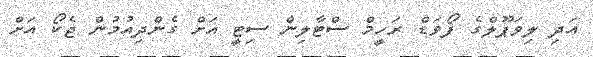
އަދި ލިވަޕޫލްގެ ފޯވަޑް ރަހީމް ސްޓާލިން ސިޓީ އަށް ގެންދިއުމުން ޖެކޯ އަށް